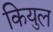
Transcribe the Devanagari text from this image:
कियुल